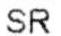
SR